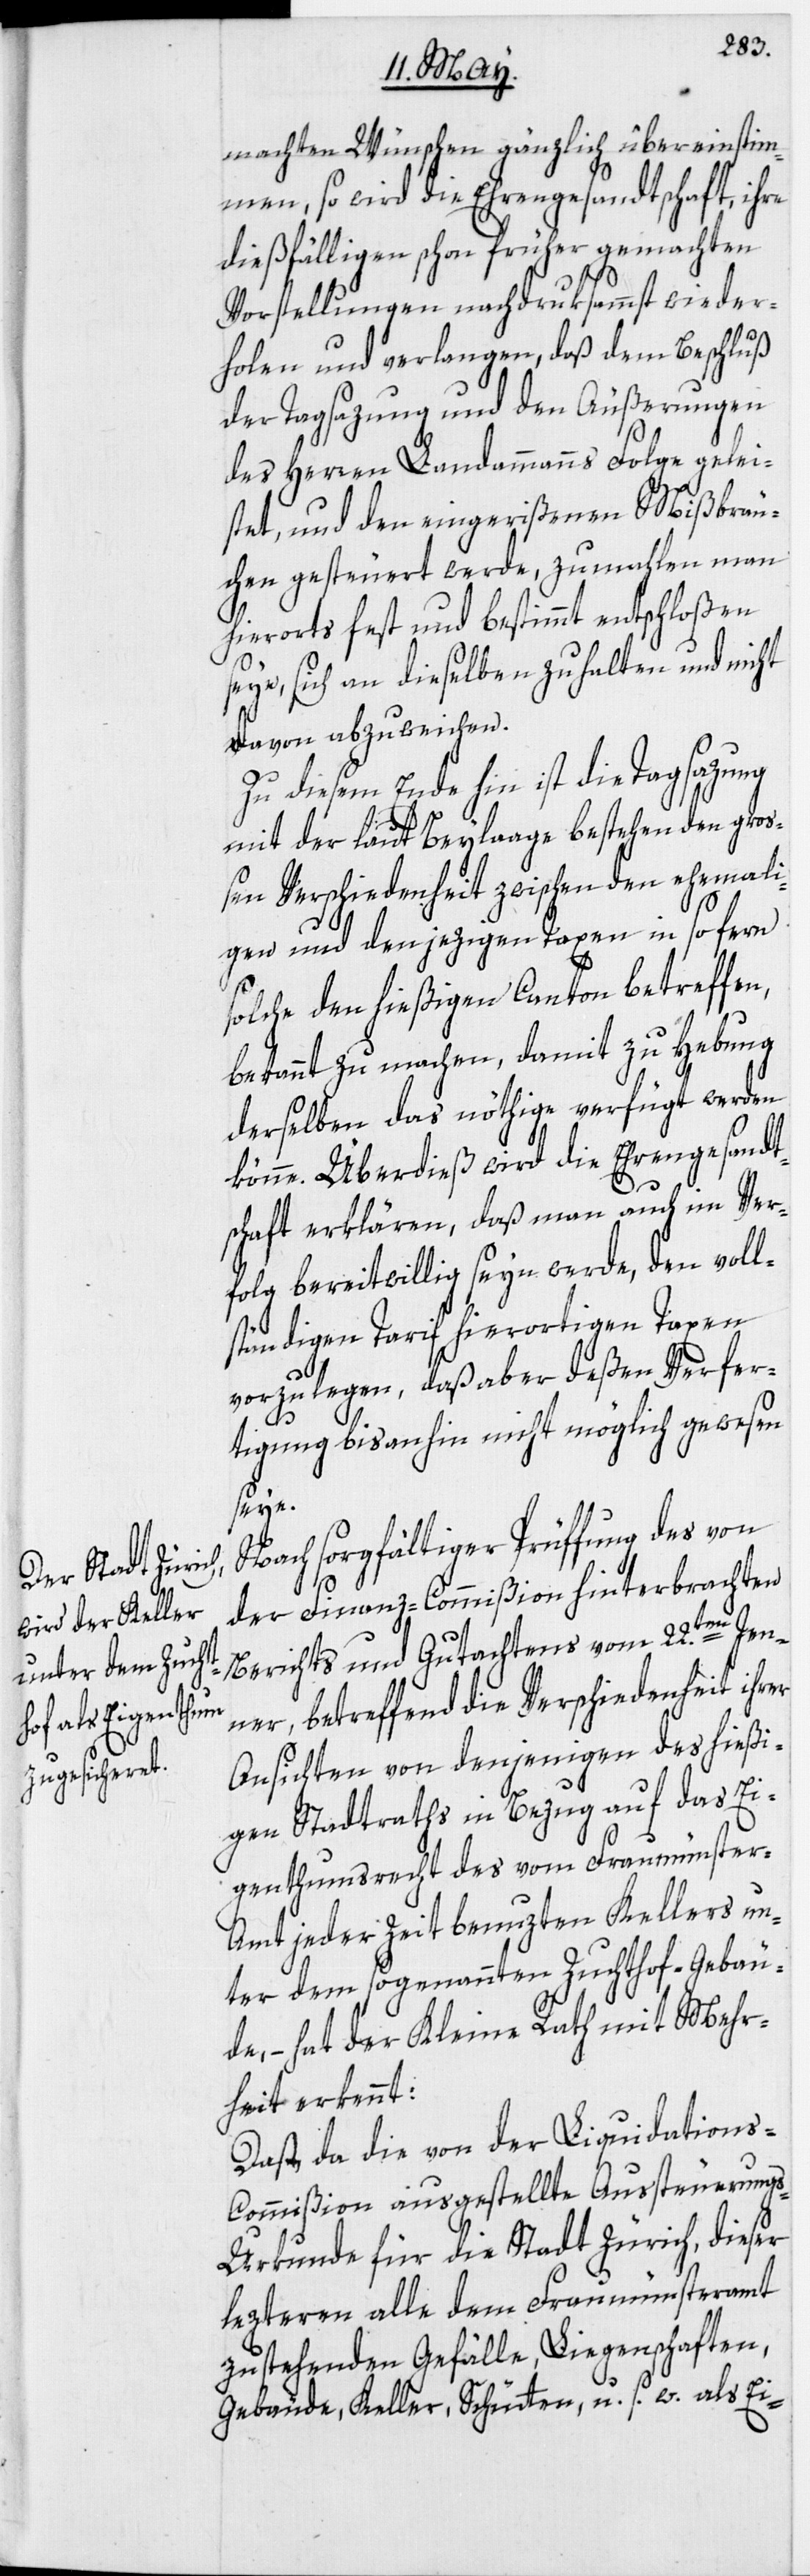
machten Wünschen gänzlich übereinstim¬
men, so wird die Ehrengesandtschaft, ihre
dießfälligen schon früher gemachten
Vorstellungen nachdruksammst wieder¬
holen und verlangen, daß dem Beschluß
der Tagsazung und den Äußerungen
des Herren Landammanns Folge gelei¬
stet, und den eingerißenen Mißbräu¬
chen gesteuert werde, zumahlen man
hierorts fest und bestimmt entschloßen
seye, sich an dieselben zu halten und nicht
davon abzuweichen.
Zu diesem Ende hin ist die Tagsazung
mit der laut Beylaage bestehenden groß¬
en Verschiedenheit zwischen den ehemali¬
gen und den jezigen Taxen in so fern
solche den hießigen Canton betreffen,
bekannt zu machen, damit zu Hebung
derselben das nöthige verfügt werden
könne. Überdieß wird die Ehrengesandt¬
schaft erklären, daß man auch im Ver¬
folg bereitwillig seyn werde, den voll¬
ständigen Tarif hierortigen Taxen
vorzulegen, daß aber deßen Verfer¬
tigung bisanhin nicht möglich gewesen
seye.
Nach sorgfältiger Prüffung des von
der Finanz-Commißion hinterbrachten
Berichts und Gutachtens vom 22.ten Jen¬
ner, betreffend die Verschiedenheit ihrer
Ansichten von denjenigen des hießi¬
gen Stadtraths in Bezug auf das Ei¬
genthumsrecht des vom Fraumünster-A¬
mt jeder Zeit benuzten Kellers un¬
ter dem sogenannten Zuchthof-Gebäu¬
de, – hat der Kleine Rath mit Mehr¬
heit erkennt:
Daß, da die von der Liquidation¬
s-Commißion ausgestellte Aussteuerung¬
s-Urkunde für die Stadt Zürich, dieser
lezteren alle dem Fraumünsteramt
zustehenden Gefälle, Liegenschaften,
Gebäude, Keller, Schütten, u. s. w. als Ei-